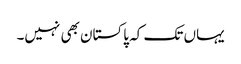
یہاں تک کہ پاکستان بھی نہیں۔